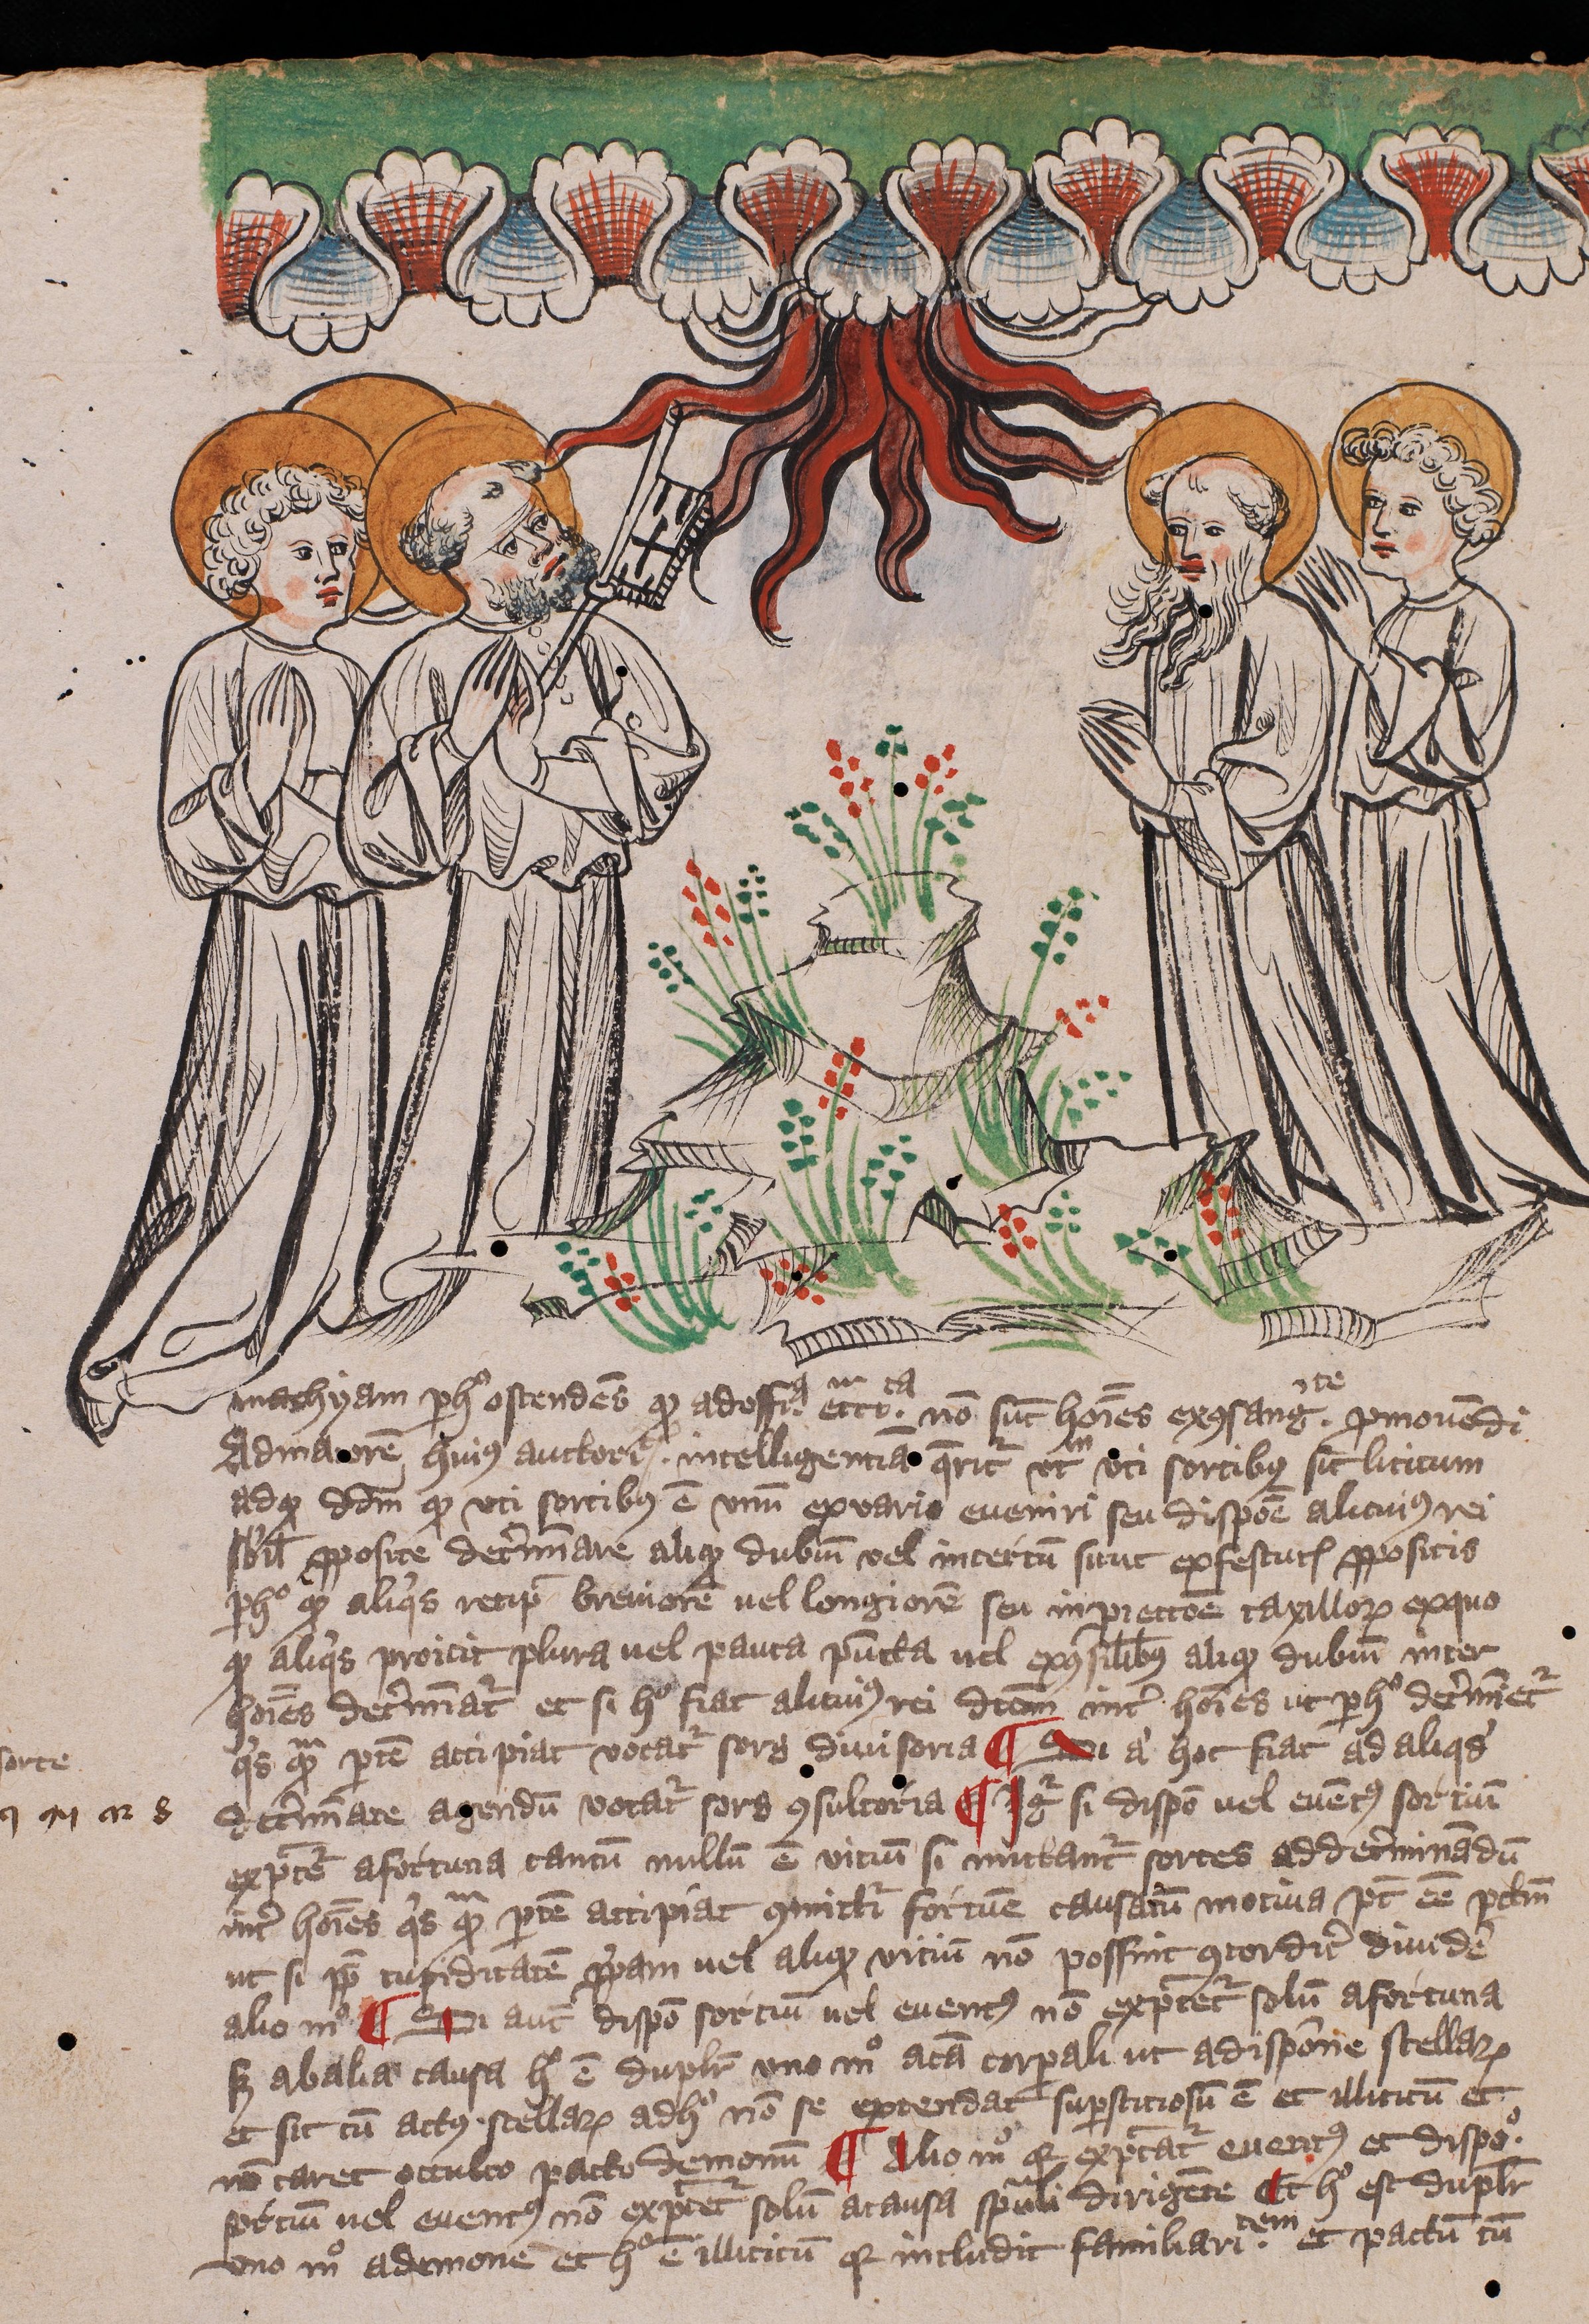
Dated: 1405–1407